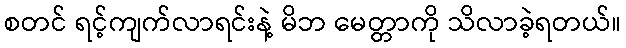
စတင် ရင့်ကျက်လာရင်းနဲ့ မိဘ မေတ္တာကို သိလာခဲ့ရတယ်။